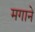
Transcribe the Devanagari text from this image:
मगाने